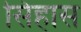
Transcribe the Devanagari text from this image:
सिंहास